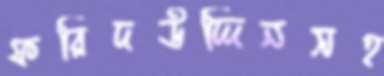
ফরিদউদ্দিনসহ